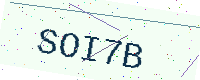
Text: SOI7B